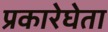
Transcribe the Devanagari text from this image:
प्रकारेघेता